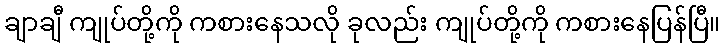
ချာချီ ကျုပ်တို့ကို ကစားနေသလို ခုလည်း ကျုပ်တို့ကို ကစားနေပြန်ပြီ။